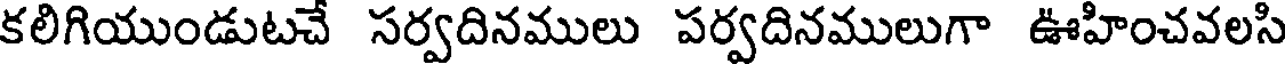
కలిగియుండుటచే సర్వదినములు పర్వదినములుగా ఊహించవలసి